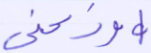
أوزعني